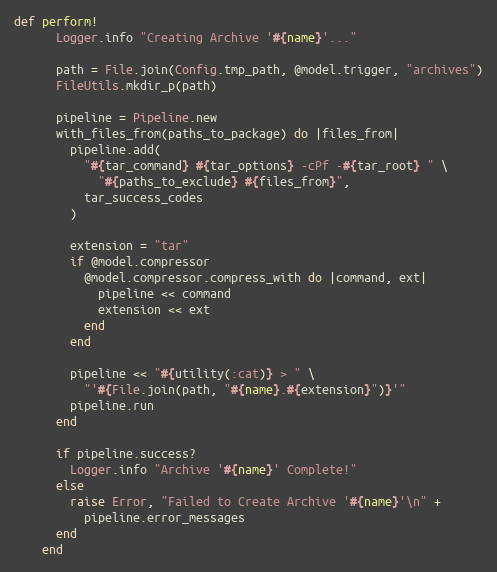
Language: Ruby
def perform!
      Logger.info "Creating Archive '#{name}'..."

      path = File.join(Config.tmp_path, @model.trigger, "archives")
      FileUtils.mkdir_p(path)

      pipeline = Pipeline.new
      with_files_from(paths_to_package) do |files_from|
        pipeline.add(
          "#{tar_command} #{tar_options} -cPf -#{tar_root} " \
            "#{paths_to_exclude} #{files_from}",
          tar_success_codes
        )

        extension = "tar"
        if @model.compressor
          @model.compressor.compress_with do |command, ext|
            pipeline << command
            extension << ext
          end
        end

        pipeline << "#{utility(:cat)} > " \
          "'#{File.join(path, "#{name}.#{extension}")}'"
        pipeline.run
      end

      if pipeline.success?
        Logger.info "Archive '#{name}' Complete!"
      else
        raise Error, "Failed to Create Archive '#{name}'\n" +
          pipeline.error_messages
      end
    end